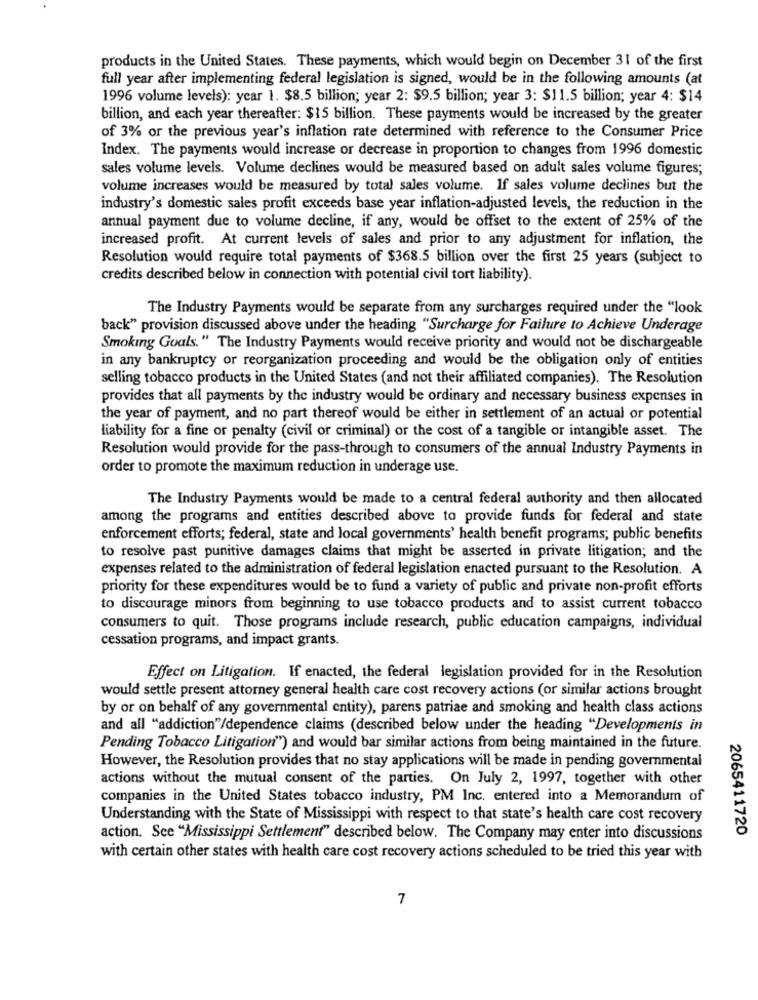
products in the United States. These payments, which would begin on December 31 of the first
full year after implementing federal legislation is signed, would be in the following amounts (at
1996 volume levels): year 1. $8.5 billion; year 2: $9.5 billion; year 3: $11.5 billion; year 4: $14
billion, and each year thereafter: $15 billion. These payments would be increased by the greater
of 3% or the previous year's inflation rate determined with reference to the Consumer Price
Index. The payments would increase or decrease in proportion to changes from 1996 domestic
sales volume levels. Volume declines would be measured based on adult sales volume figures;
volume increases would be measured by total sales volume. If sales volume declines but the
industry's domestic sales profit exceeds base year inflation-adjusted levels, the reduction in the
annual payment due to volume decline, if any, would be offset to the extent of 25% of the
increased profit. At current levels of sales and prior to any adjustment for inflation, the
Resolution would require total payments of $368.5 billion over the first 25 years (subject to
credits described below in connection with potential civil tort liability).
The Industry Payments would be separate from any surcharges required under the "look
back" provision discussed above under the heading "Surcharge for Failure to Achieve Underage
Smoking Goals. " The Industry Payments would receive priority and would not be dischargeable
in any bankruptcy or reorganization proceeding and would be the obligation only of entities
selling tobacco products in the United States (and not their affiliated companies). The Resolution
provides that all payments by the industry would be ordinary and necessary business expenses in
the year of payment, and no part thereof would be either in settlement of an actual or potential
liability for a fine or penalty (civil or criminal) or the cost of a tangible or intangible asset. The
Resolution would provide for the pass-through to consumers of the annual Industry Payments in
order to promote the maximum reduction in underage use.
The Industry Payments would be made to a central federal authority and then allocated
among the programs and entities described above to provide funds for federal and state
enforcement efforts; federal, state and local governments' health benefit programs; public benefits
to resolve past punitive damages claims that might be asserted in private litigation; and the
expenses related to the administration of federal legislation enacted pursuant to the Resolution. A
priority for these expenditures would be to fund a variety of public and private non-profit efforts
to discourage minors from beginning to use tobacco products and to assist current tobacco
consumers to quit. Those programs include research, public education campaigns, individual
cessation programs, and impact grants.
Effect on Litigation. If enacted, the federal legislation provided for in the Resolution
would settle present attorney general health care cost recovery actions (or similar actions brought
by or on behalf of any governmental entity), parens patriae and smoking and health class actions
and all "addiction"/dependence claims (described below under the heading "Developments in
Pending Tobacco Litigation") and would bar similar actions from being maintained in the future.
However, the Resolution provides that no stay applications will be made in pending governmental
actions without the mutual consent of the parties. On July 2, 1997, together with other
companies in the United States tobacco industry, PM Inc. entered into a Memorandum of
Understanding with the State of Mississippi with respect to that state's health care cost recovery
2065411720
action. Sce "Mississippi Settlement" described below. The Company may enter into discussions
with certain other states with health care cost recovery actions scheduled to be tried this year with
7